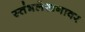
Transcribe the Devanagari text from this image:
स्तंभलेखनावर